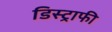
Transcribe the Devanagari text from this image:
डिस्ट्राफी